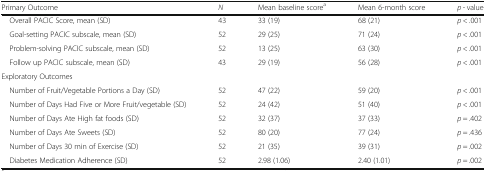
<table><thead><tr><td><b>Primary Outcome</b></td><td><b><i>N</i></b></td><td><b>Mean baseline score<sup>a</sup></b></td><td><b>Mean 6-month score</b></td><td><b><i>p</i> - value</b></td></tr></thead><tbody><tr><td> Overall PACIC Score, mean (SD)</td><td>43</td><td>33 (19)</td><td>68 (21)</td><td><i>p</i> &lt; .001</td></tr><tr><td> Goal-setting PACIC subscale, mean (SD)</td><td>52</td><td>29 (25)</td><td>71 (24)</td><td><i>p</i> &lt; .001</td></tr><tr><td> Problem-solving PACIC subscale, mean (SD)</td><td>52</td><td>13 (25)</td><td>63 (30)</td><td><i>p</i> &lt; .001</td></tr><tr><td> Follow up PACIC subscale, mean (SD)</td><td>43</td><td>29 (19)</td><td>56 (28)</td><td><i>p</i> &lt; .001</td></tr><tr><td colspan="5">Exploratory Outcomes</td></tr><tr><td> Number of Fruit/Vegetable Portions a Day (SD)</td><td>52</td><td>47 (22)</td><td>59 (20)</td><td><i>p</i> &lt; .001</td></tr><tr><td> Number of Days Had Five or More Fruit/vegetable (SD)</td><td>52</td><td>24 (42)</td><td>51 (40)</td><td><i>p</i> &lt; .001</td></tr><tr><td> Number of Days Ate High fat foods (SD)</td><td>52</td><td>32 (37)</td><td>37 (33)</td><td><i>p</i> = .402</td></tr><tr><td> Number of Days Ate Sweets (SD)</td><td>52</td><td>80 (20)</td><td>77 (24)</td><td><i>p</i> = .436</td></tr><tr><td> Number of Days 30 min of Exercise (SD)</td><td>52</td><td>21 (35)</td><td>39 (31)</td><td><i>p</i> = .002</td></tr><tr><td> Diabetes Medication Adherence (SD)</td><td>52</td><td>2.98 (1.06)</td><td>2.40 (1.01)</td><td><i>p</i> = .002</td></tr></tbody></table>